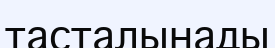
тасталынады